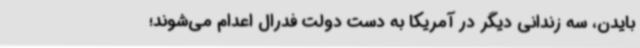
بایدن، سه زندانی دیگر در آمریکا به دست دولت فدرال اعدام می‌شوند؛